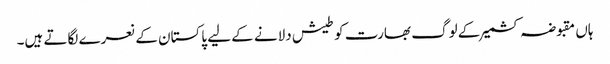
ہاں مقبوضہ کشمیر کے لوگ بھارت کو طیش دلانے کے لیے پاکستان کے نعرے لگاتے ہیں۔